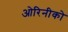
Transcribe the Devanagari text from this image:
ओरिनीको